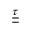
\underline { { \underline { { \tau } } } }